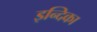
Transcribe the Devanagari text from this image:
इन्दिका